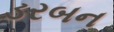
ડરબન